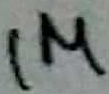
Text: 1M